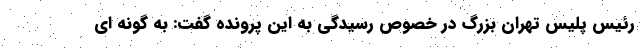
رئیس پلیس تهران بزرگ در خصوص رسیدگی به این پرونده گفت: به گونه ای